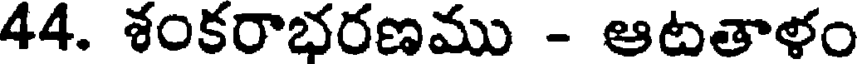
44. శంకరాభరణము - ఆటతాళం